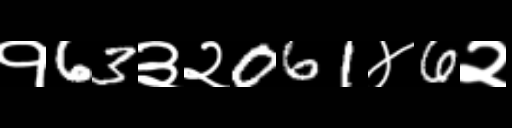
Text: १63३२061४6२